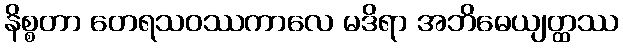
နိစ္စတာ တေရသဝဿကာလေ မဒိရာ အဘိဓေယျတ္ထဿ